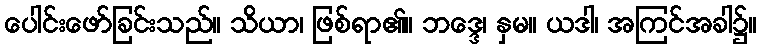
ပေါင်းဖော်ခြင်းသည်။ သိယာ၊ ဖြစ်ရာ၏။ ဘဒ္ဒေ၊ နှမ။ ယဒါ၊ အကြင်အခါ၌။